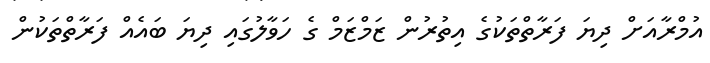
އުމްރާއަށް ދިޔަ ފަރާތްތަކުގެ އިތުރުން ޒަމްޒަމް ގެ ހަވާލުގައި ދިޔަ ބައެއް ފަރާތްތަކުން